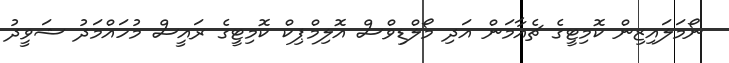
ނޯމަލައިޒިން ކޮމިޓީގެ ޗެއާމަން އަދި މޯލްޑިވްސް އޮލިމްޕިކް ކޮމިޓީގެ ރައީސް މުހައްމަދު ޝަވީދު